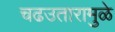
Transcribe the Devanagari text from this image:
चढउतारामुळे